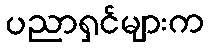
ပညာရှင်များက